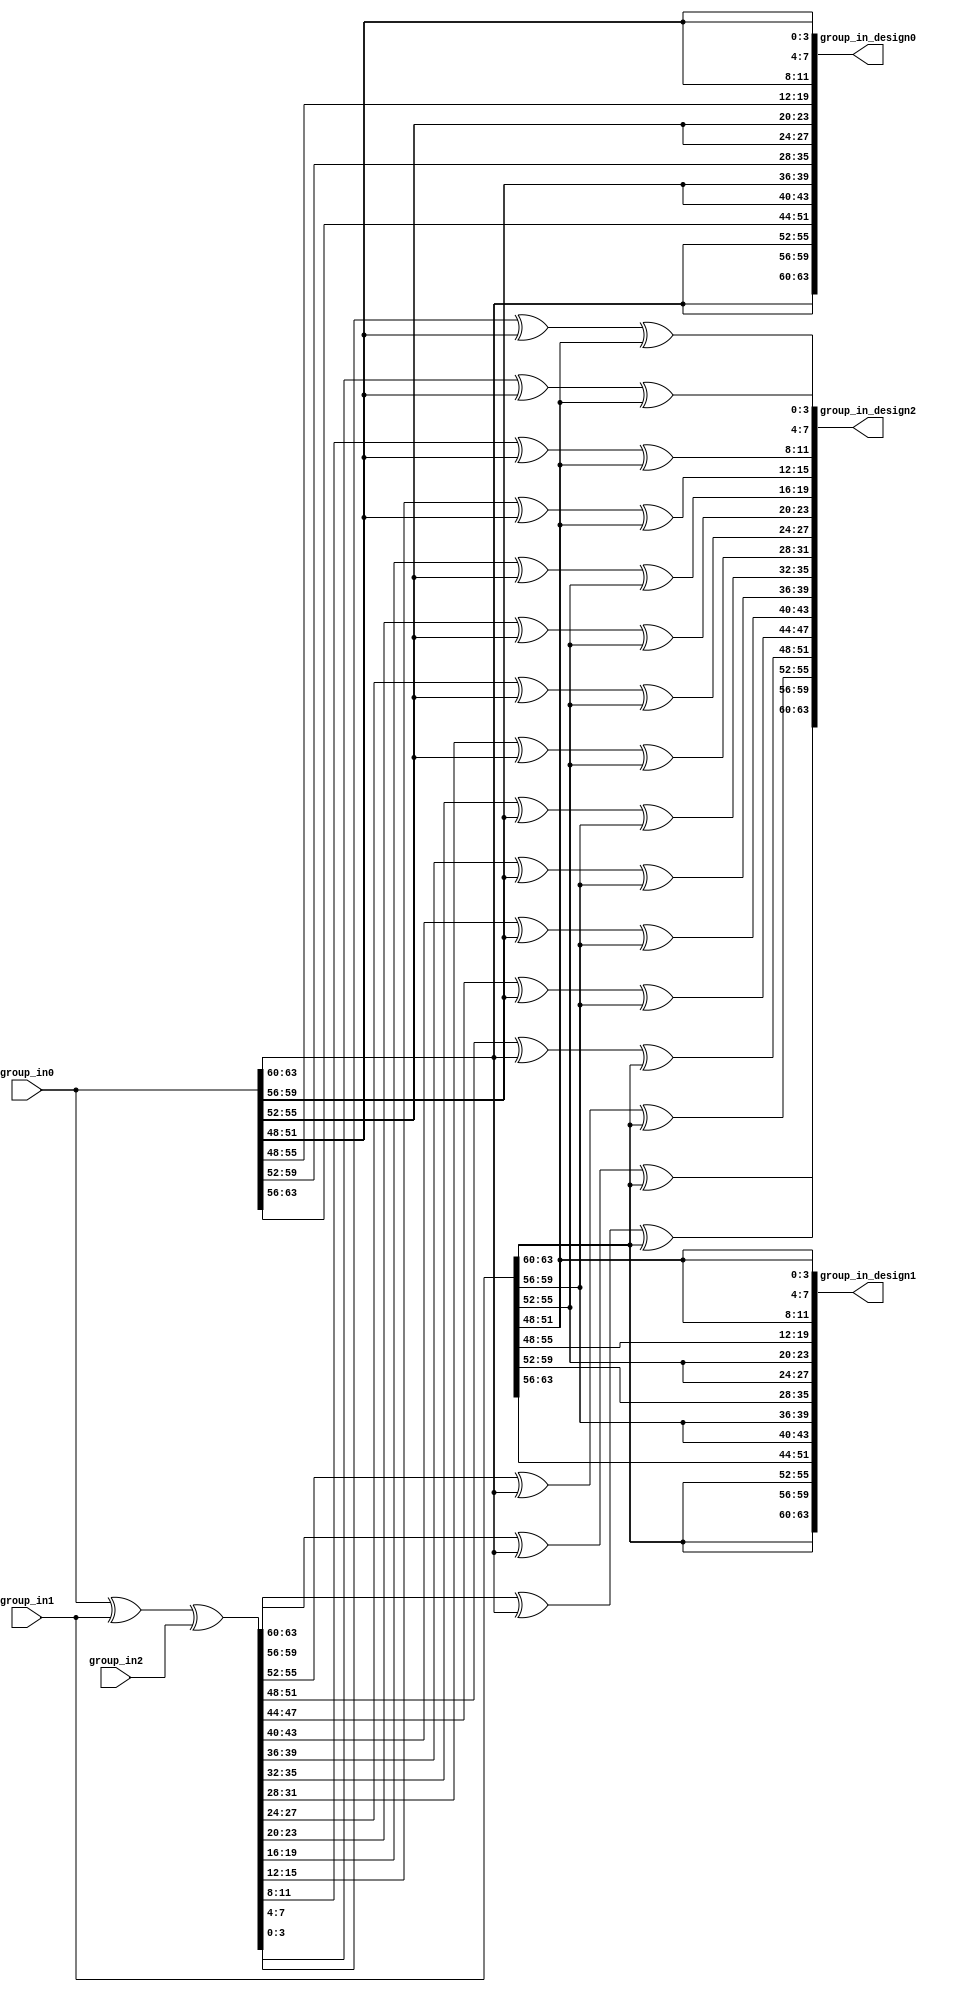

//////////////////////////////////////////////////////////////////////////////////
// Company:		   COSIC, KU Leuven
// 
// Design Name: 
// Module Name:    nonuniform_rand_midori 
// Project Name:   TI with Non-Uniform Inputs
// Target Devices: 
// Tool versions: 
// Description: 
//
// Dependencies: 
//
// Revision: 
// Revision 0.01 - File Created
// Additional Comments: 
//
//////////////////////////////////////////////////////////////////////////////////
module Midori_newrand_r1r2r3r4_column(
	input wire [63:0] group_in0,
	input wire [63:0] group_in1,
	input wire [63:0] group_in2,
	output wire [63:0] group_in_design0,
	output wire [63:0] group_in_design1,
	output wire [63:0] group_in_design2
);

	wire [63:0] restored_pt;
	
	assign restored_pt = group_in0 ^ group_in1 ^ group_in2;
	
	// Share 1: randomness from group_in0
	
	assign group_in_design0[63:60] = group_in0[63:60];
	assign group_in_design0[59:56] = group_in0[63:60];
	assign group_in_design0[55:52] = group_in0[63:60];
	assign group_in_design0[51:48] = group_in0[63:60];
									
	assign group_in_design0[47:44] = group_in0[59:56];
	assign group_in_design0[43:40] = group_in0[59:56];
	assign group_in_design0[39:36] = group_in0[59:56];
	assign group_in_design0[35:32] = group_in0[59:56];
									
	assign group_in_design0[31:28] = group_in0[55:52];
	assign group_in_design0[27:24] = group_in0[55:52];
	assign group_in_design0[23:20] = group_in0[55:52];
	assign group_in_design0[19:16] = group_in0[55:52];
		
	assign group_in_design0[15:12] = group_in0[51:48];
	assign group_in_design0[11:8] = group_in0[51:48];
	assign group_in_design0[7:4] = group_in0[51:48];
	assign group_in_design0[3:0] = group_in0[51:48];
		
	// Share 2: randomness from group_in1
	assign group_in_design1[63:60] = group_in1[63:60];
	assign group_in_design1[59:56] = group_in1[63:60];
	assign group_in_design1[55:52] = group_in1[63:60];
	assign group_in_design1[51:48] = group_in1[63:60];
									
	assign group_in_design1[47:44] = group_in1[59:56];
	assign group_in_design1[43:40] = group_in1[59:56];
	assign group_in_design1[39:36] = group_in1[59:56];
	assign group_in_design1[35:32] = group_in1[59:56];
									
	assign group_in_design1[31:28] = group_in1[55:52];
	assign group_in_design1[27:24] = group_in1[55:52];
	assign group_in_design1[23:20] = group_in1[55:52];
	assign group_in_design1[19:16] = group_in1[55:52];
						
	assign group_in_design1[15:12] = group_in1[51:48];
	assign group_in_design1[11:8] = group_in1[51:48];
	assign group_in_design1[7:4] = group_in1[51:48];
	assign group_in_design1[3:0] = group_in1[51:48];	
	
	// Share 3: pt + rnd1 + rnd2 
	assign group_in_design2[63:60] = restored_pt[63:60] ^ group_in0[63:60] ^ group_in1[63:60];
	assign group_in_design2[59:56] = restored_pt[59:56] ^ group_in0[63:60] ^ group_in1[63:60];
	assign group_in_design2[55:52] = restored_pt[55:52] ^ group_in0[63:60] ^ group_in1[63:60];
	assign group_in_design2[51:48] = restored_pt[51:48] ^ group_in0[63:60] ^ group_in1[63:60];
	
	assign group_in_design2[47:44] = restored_pt[47:44] ^ group_in0[59:56] ^ group_in1[59:56];
	assign group_in_design2[43:40] = restored_pt[43:40] ^ group_in0[59:56] ^ group_in1[59:56];
	assign group_in_design2[39:36] = restored_pt[39:36] ^ group_in0[59:56] ^ group_in1[59:56];
	assign group_in_design2[35:32] = restored_pt[35:32] ^ group_in0[59:56] ^ group_in1[59:56];
	
	assign group_in_design2[31:28] = restored_pt[31:28] ^ group_in0[55:52] ^ group_in1[55:52];
	assign group_in_design2[27:24] = restored_pt[27:24] ^ group_in0[55:52] ^ group_in1[55:52];
	assign group_in_design2[23:20] = restored_pt[23:20] ^ group_in0[55:52] ^ group_in1[55:52];
	assign group_in_design2[19:16] = restored_pt[19:16] ^ group_in0[55:52] ^ group_in1[55:52];
	
	assign group_in_design2[15:12] = restored_pt[15:12] ^ group_in0[51:48] ^ group_in1[51:48];
	assign group_in_design2[11:8] = restored_pt[11:8] ^ group_in0[51:48] ^ group_in1[51:48];
	assign group_in_design2[7:4] = restored_pt[7:4] ^ group_in0[51:48] ^ group_in1[51:48];
	assign group_in_design2[3:0] = restored_pt[3:0] ^ group_in0[51:48] ^ group_in1[51:48];
	
endmodule